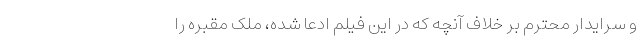
و سرایدار محترم بر خلاف آنچه که در این فیلم ادعا شده، ملک مقبره را